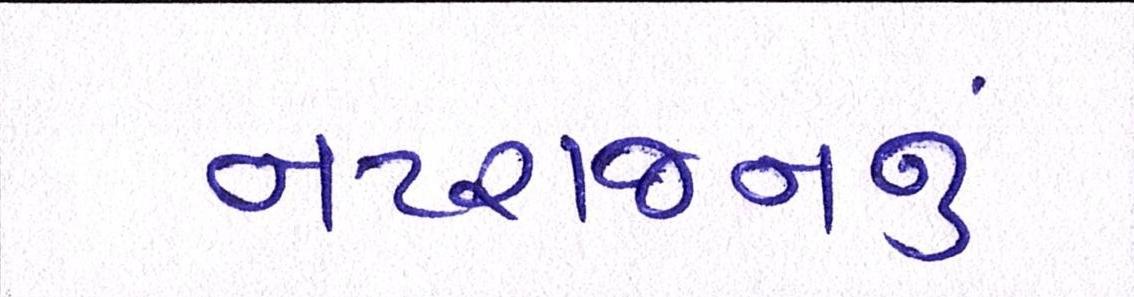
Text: નટરાજનનું